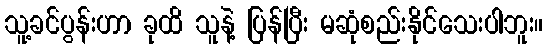
သူ့ခင်ပွန်းဟာ ခုထိ သူနဲ့ ပြန်ပြီး မဆုံစည်းနိုင်သေးပါဘူး။